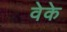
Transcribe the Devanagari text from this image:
वेके